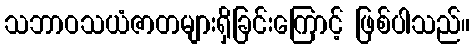
သဘာဝသယံဇာတများရှိခြင်းကြောင့် ဖြစ်ပါသည်။